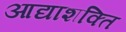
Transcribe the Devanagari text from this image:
आद्याशक्ति